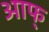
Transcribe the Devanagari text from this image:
आफ्‌